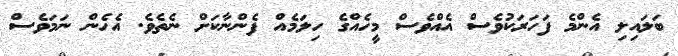
ބަލައިލި އެންމެ ފަހަރަކުވެސް އެއްވެސް މީހެއްގެ ހިލަމެއް ފެންނާކަށް ނެތެވެ. އެހެން ނަމަވެސް